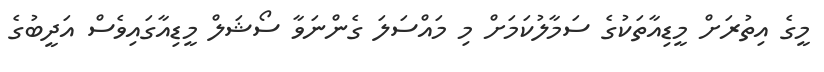
މީގެ އިތުރަށް މީޑިއާތަކުގެ ސަމާލުކަމަށް މި މައްސަލަ ގެންނަވާ ސޯޝަލް މީޑިއާގައިވެސް އަދީބުގެ